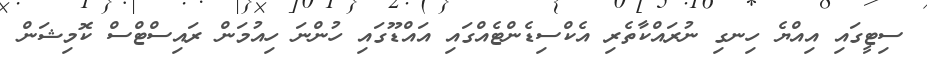
ސިޓީގައި އިއްޔެ ހިނގި ނުރައްކާތެރި އެކްސިޑެންޓެއްގައި އައްޑޫގައި ހުންނަ ހިއުމަން ރައިސްޓްސް ކޮމިޝަން